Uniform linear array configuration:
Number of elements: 12
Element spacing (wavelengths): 0.25
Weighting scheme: uniform
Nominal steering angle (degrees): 0
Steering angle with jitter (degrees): -0.2975
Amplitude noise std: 0.05
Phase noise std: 0.05

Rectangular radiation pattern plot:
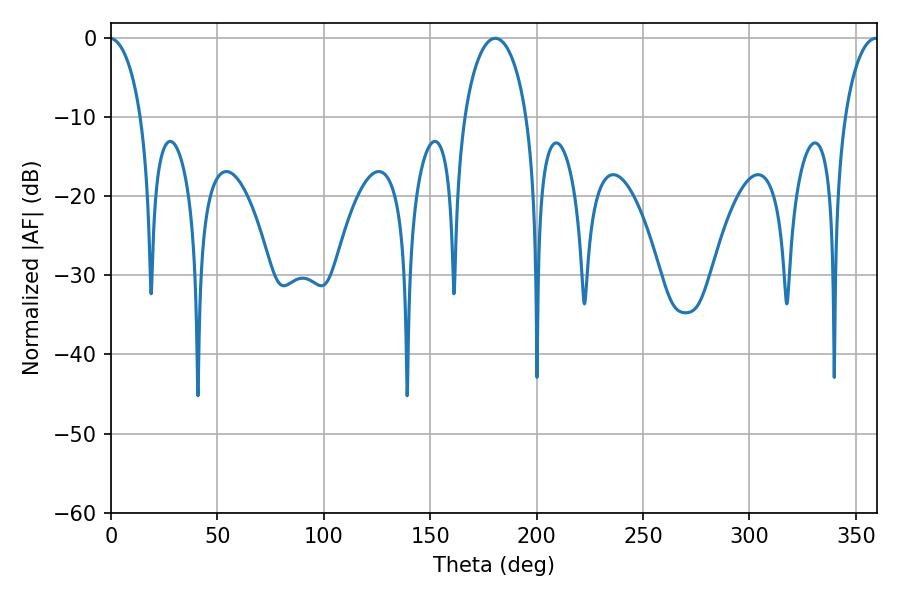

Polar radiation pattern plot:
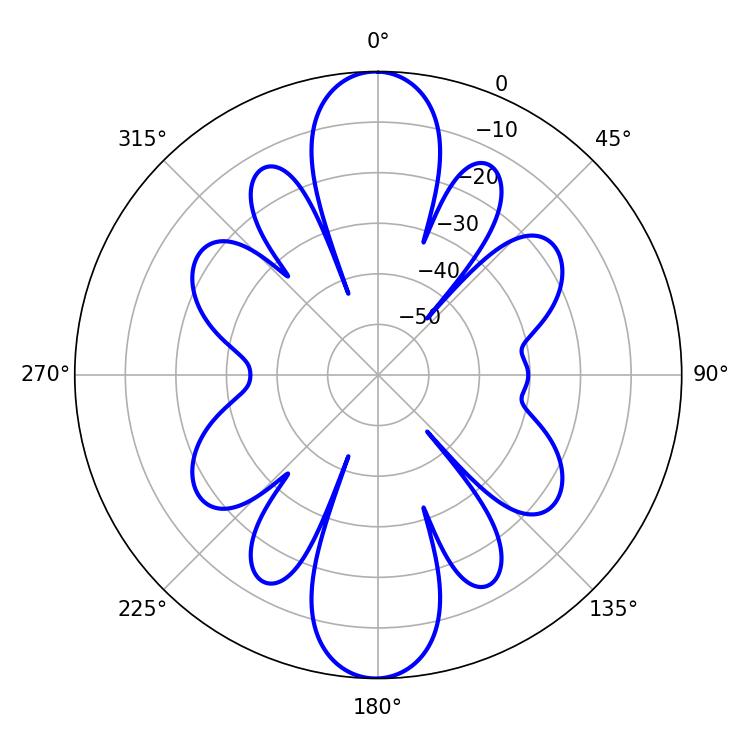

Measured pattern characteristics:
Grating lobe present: FALSE
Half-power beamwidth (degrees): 16.92
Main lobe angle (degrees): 180.54